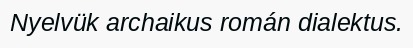
Nyelvük archaikus román dialektus.